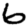
Digit: 6